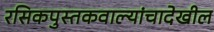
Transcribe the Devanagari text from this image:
रसिकपुस्तकवाल्यांचादेखील